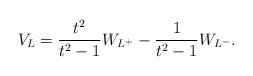
LaTeX: \begin{align*} V_L={t^2\over t^2-1} W_{L^+}-{1\over t^2-1} W_{L^-}. \end{align*}